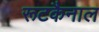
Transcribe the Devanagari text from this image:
रूटकैनाल